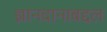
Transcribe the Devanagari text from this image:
ज्ञानदानाबद्दल